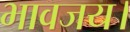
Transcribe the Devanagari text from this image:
भावजय।